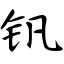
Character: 钒